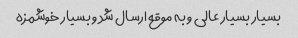
بسیار بسیار عالی و به موقع ارسال شد و بسیار خوشمزه